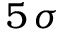
5 \, \sigma